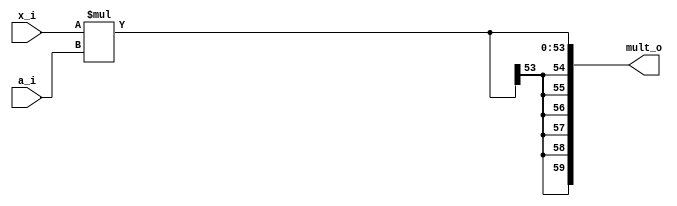
module mult #(
	parameter na = 36,
	parameter nx = 18
) (
	input  signed	[nx-1:0] x_i,
	input  signed	[na-1:0] a_i,
	output signed	  [59:0] mult_o
);

	wire	[na + nx -1:0] mult_aux;
	wire	[5:0] sign;
	
	assign mult_aux = (x_i)*(a_i);
	assign sign  = {6{mult_aux[na + nx - 1]}};
	assign mult_o = {sign, mult_aux};
		
endmodule